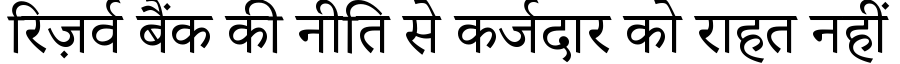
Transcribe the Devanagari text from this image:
रिज़र्व बैंक की नीति से कर्जदार को राहत नहीं